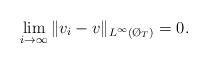
LaTeX: \begin{align*} \lim_{i \to \infty} \| v_i - v \|_{L^\infty(\O_T)} = 0.\end{align*}